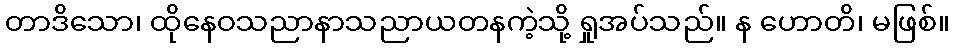
တာဒိသော၊ ထိုနေဝသညာနာသညာယတနကဲ့သို့ ရှုအပ်သည်။ န ဟောတိ၊ မဖြစ်။